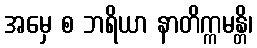
အမှေ စ ဘရိယာ နာတိက္ကမန္တိ၊